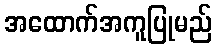
အထောက်အကူပြုမည်